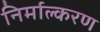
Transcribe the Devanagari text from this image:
निर्माल्करण